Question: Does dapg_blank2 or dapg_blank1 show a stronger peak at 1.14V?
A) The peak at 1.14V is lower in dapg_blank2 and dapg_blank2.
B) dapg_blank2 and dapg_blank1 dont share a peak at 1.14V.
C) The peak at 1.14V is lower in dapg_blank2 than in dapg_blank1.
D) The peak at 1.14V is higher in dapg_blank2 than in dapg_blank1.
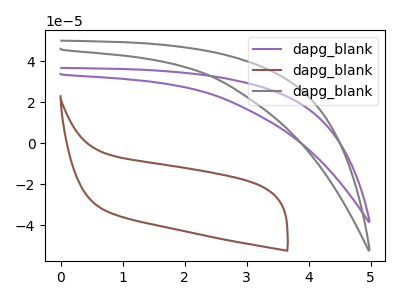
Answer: <think>The purple curve "dapg_blank1" has no peaks. The brown curve "dapg_blank2" has no peaks. The gray curve "dapg_blank3" has no peaks.</think>
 <answer>B) "dapg_blank2" and "dapg_blank1" dont share a peak at 1.14V.</answer>
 <eval>B</eval>